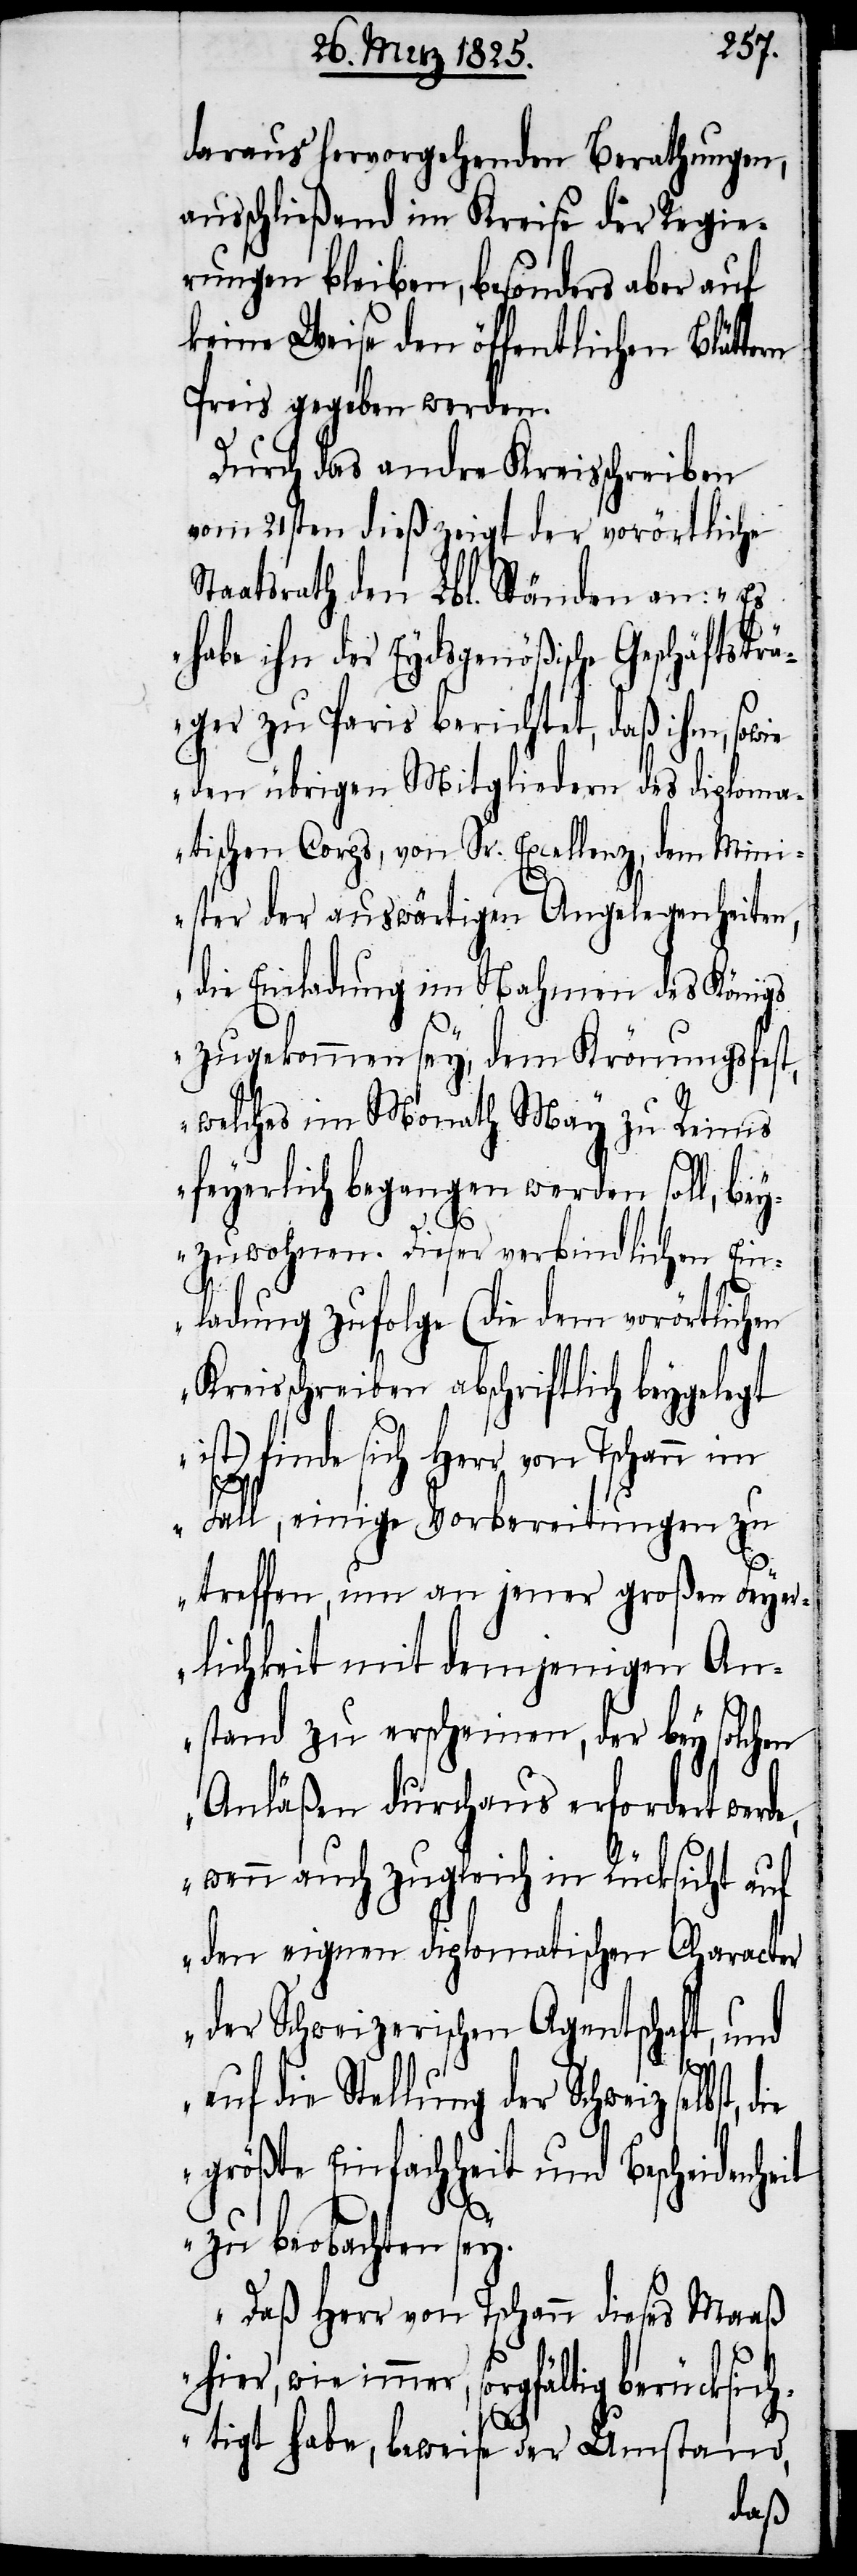
daraus hervorgehenden Berathungen,
ausschließend im Kreise der Regie¬
rungen bleiben, besonders aber auf
keine Weise den öffentlichen Blättern
Preis gegeben werden.
Durch das andre Kreisschreiben
vom 21sten dieß zeigt der vorörtliche
Staatsrath den Lbl. Ständen an: „Es
habe ihn der Eydsgenößische Geschäftsträ¬
ger zu Paris berichtet, daß ihm, sowie
den übrigen Mitgliedern des diploma¬
tischen Corps, von Sr. Excellenz, dem Min¬
ister der auswärtigen Angelegenheiten,
die Einladung im Nahmen des Königs
zugekommen sey, dem Krönungsfest,
welches im Monath May zu Reims
feyerlich begangen werden soll, bey¬
zuwohnen. Dieser verbindlichen Ein¬
ladung zufolge (die dem vorörtlichen
Kreisschreiben abschriftlich beygelegt
ist) finde sich Herr von Tschann im
Fall, einige Vorbereitungen zu
treffen, um an jener großen Feyer¬
lichkeit mit demjenigen An¬
stand zu erscheinen, der bey solchen
Anläßen durchaus erfordert werde,
wenn auch zugleich in Rücksicht auf
den eignen diplomatischen Character
der Schweizerischen Agentschaft, und
auf die Stellung der Schweiz selbst,
größte Einfachheit und Bescheidenheit
zu beobachten sey.
Daß Herr von Tschann dieses Maaß
wie immer, sorgfältig berücksich¬
tigt habe, beweise der Umstand,